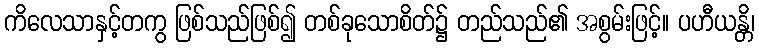
ကိလေသာနှင့်တကွ ဖြစ်သည်ဖြစ်၍ တစ်ခုသောစိတ်၌ တည်သည်၏ အစွမ်းဖြင့်။ ပဟီယန္တိ၊